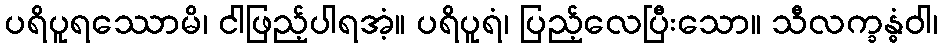
ပရိပူရဿောမိ၊ ငါဖြည့်ပါရအံ့။ ပရိပူရံ၊ ပြည့်လေပြီးသော။ သီလက္ခန္ဓံဝါ၊